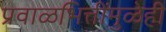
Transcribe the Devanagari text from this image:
प्रवाळभित्तींमुळेही